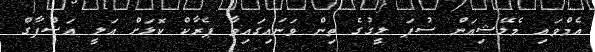
އެމްވައި މެލޭޝިއަން ސުޕަ ލީގުގެ ތިން ވަނައިގައިވާ ޕެރާކް ކޮޅަށް އަލީ އަޝްފާގް